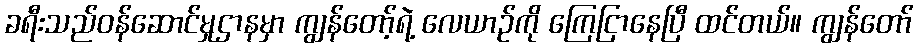
ခရီးသည်ဝန်ဆောင်မှုဌာနမှာ ကျွန်တော့်ရဲ့ လေယာဉ်ကို ကြေငြာနေပြီ ထင်တယ်။ ကျွန်တော်